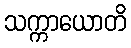
သက္ကာယောတိ